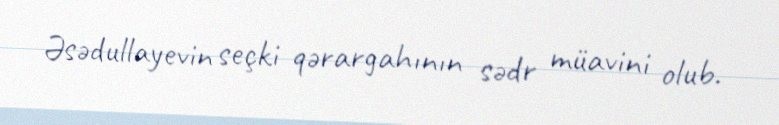
Əsədullayevin seçki qərargahının sədr müavini olub.